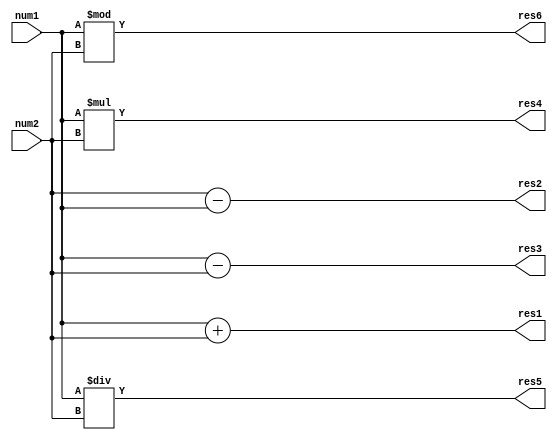
`timescale 1ns / 1ps
//////////////////////////////////////////////////////////////////////////////////
// Company: 
// Engineer: 
// 
// Design Name: 
// Module Name: arithmetics_op
// Project Name: 
// Target Devices: 
// Tool Versions: 
// Description: 
// 
// Dependencies: 
// 
// Revision:
// Revision 0.01 - File Created
// Additional Comments:
// 
//////////////////////////////////////////////////////////////////////////////////


module arithmetic_op(num1, num2, res1, res2, res3, res4, res5, res6);

input [11:0] num1;
input [11:0] num2;

output [11:0] res1;
output [11:0] res2;
output [11:0] res3;
output [23:0] res4;
output [11:0] res5;
output [11:0] res6;

// addition
assign res1 = num1 + num2;

// substraction
assign res2 = num2 - num1;
assign res3 = num1 - num2;

// multiplication
assign res4 = num1 * num2;

// division
assign res5 = num1 / num2;

// modulus
assign res6 = num1 % num2;

endmodule